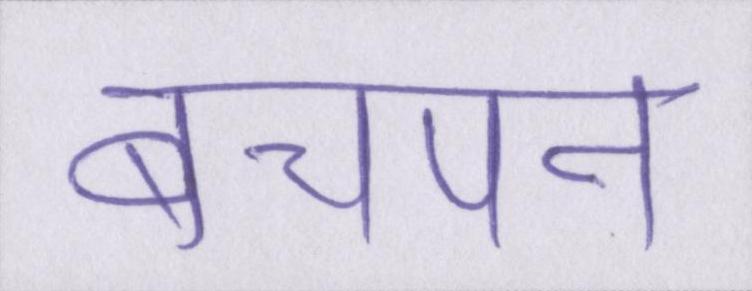
बचपन